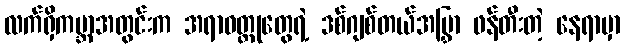
လက်ရှိကမ္ဘာအတွင်းက အရာဝတ္ထုတွေရဲ့ ဒစ်ဂျစ်တယ်အမြွှာ ဖန်တီးတဲ့ နေရာမှာ